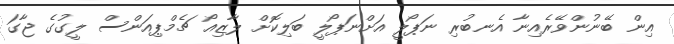
އިން ބޭނުންވޭރެއިނާ އެނބުރި ނަޕޯލީ އަށްނަޕޯލީ ބަލިކޮށް ލާޒިއޯ ޗެމްޕިއަންސް ލީގުގެ ޖާގަ